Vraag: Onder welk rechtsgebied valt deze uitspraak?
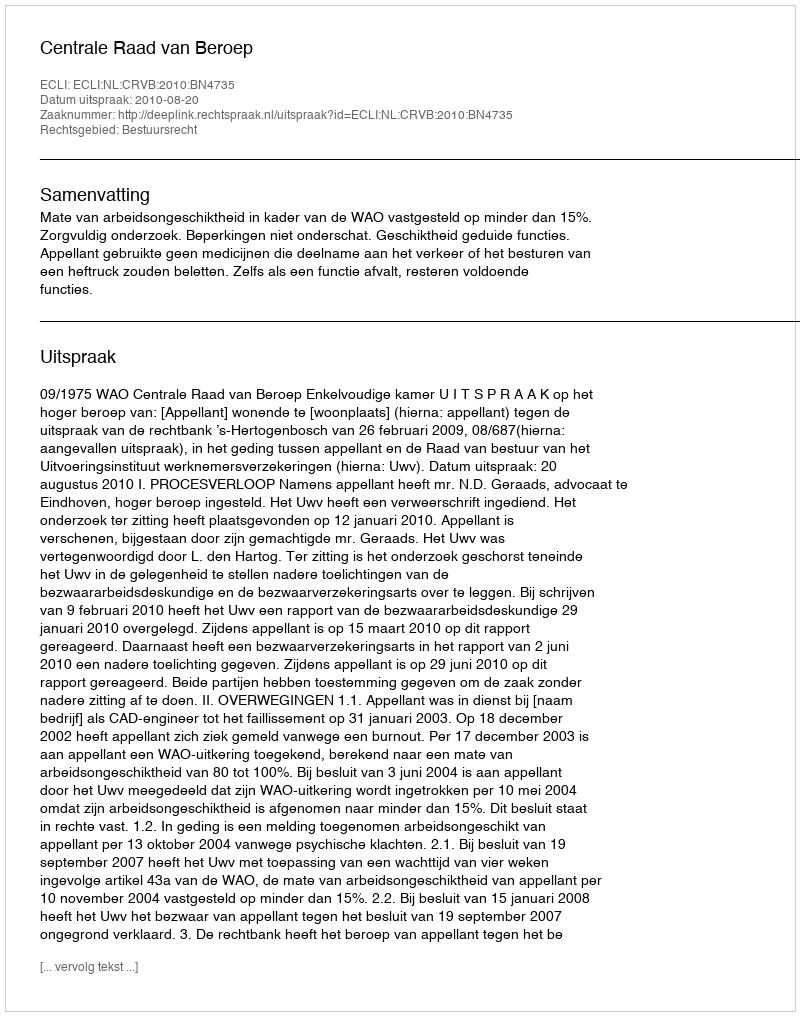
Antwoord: Bestuursrecht